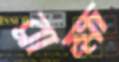
ব্রাহ্ম